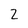
Character: 2